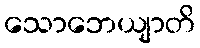
သောဘေယျာတိ